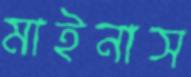
মাইনাস